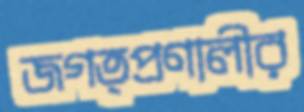
জগত্প্রণালীর